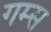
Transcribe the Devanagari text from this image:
गम्स